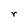
Character: r